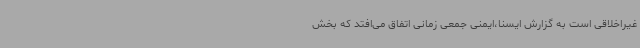
غیراخلاقی است به گزارش ایسنا،ایمنی جمعی زمانی اتفاق می‌افتد که بخش